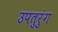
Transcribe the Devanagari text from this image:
उपतुरुंग